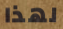
لهذا